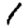
Digit: 1